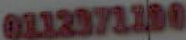
0112371700